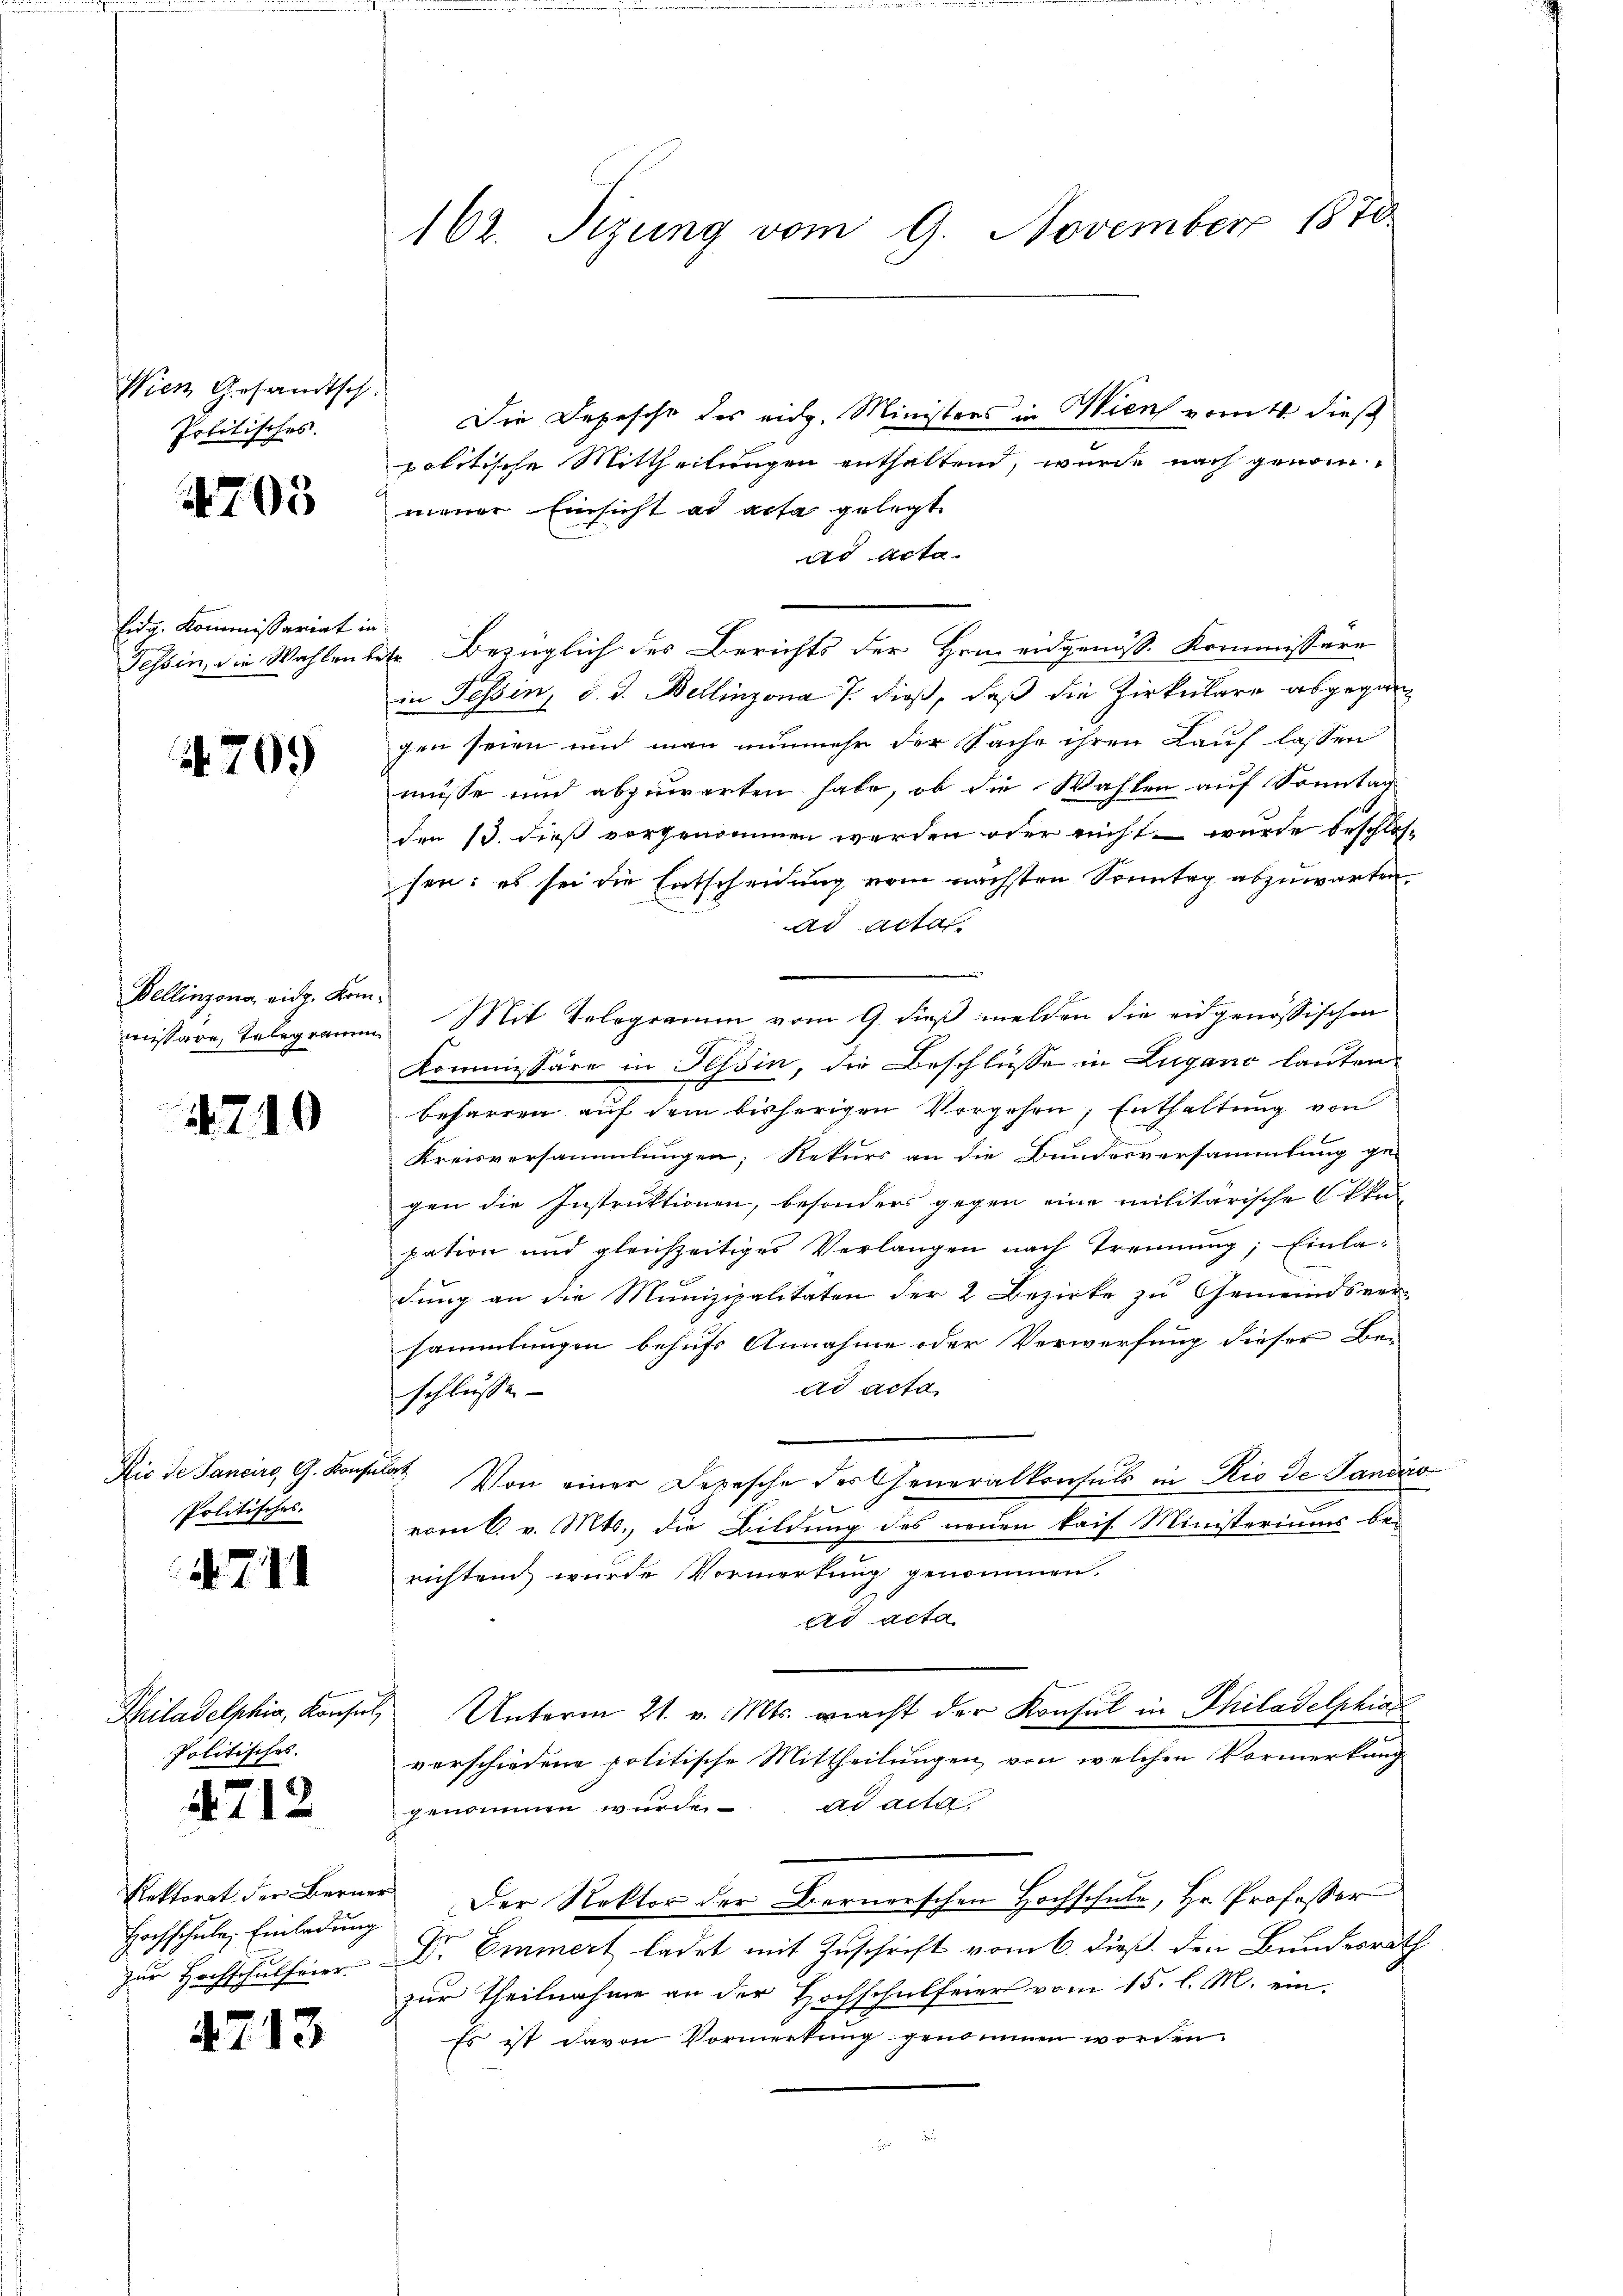
Wien Gesandtsch
Politisches.

705

Eidg. Kommissariat in

4709

Bellinzona, eidg. Kom¬

740

Politisches.

77

Politisches.

4712

Hochschule. Einladung

4713

162. Sizung vom 9. November 1870

Die Depesche des eidg. Ministers in Wien vom 4. dieß
politische Mittheilungen enthaltend, wurde nach genom-
mener Einsicht ad acta gelegt
ad Acta.
Tessin, die Wahlenbetr. Bezüglich des Berichts der Hrm eidgenöss. Kommissare
in Tessin, d. d. Bellinzona 7. dieß, daß die Zirkulare abgegangen seien und man nunmehr der Sache ihren Lauf lassen
müsse und abzuwarten habe, ob die Wahlen auf Sonntag
den 13. dieß vorgenommen werden oder nicht – wurde beschlossen: es sei die Entscheidung vom nächsten Sonntag abzuwarten.
ad Acta
missare Telegramm. Mit Telegramm vom 9. dieß melden die eidgenössischen
Kommissäre in Tessin, die Beschlüsse in Lugano lauten.
beharren auf dem bisherigen Vorgehen; Enthaltung von
Kreisversammlungen, Rekurs an die Bundesversammlung ge-
gen die Instruktionen, besonders gegen eine militärische Otte
pation und gleichzeitiges Verlangen nach Trennung; Einladung an die Munizipalitäten der 2 Bezirke zu Gemeindsver-
sammlungen behufs Annahme oder Verwerfung dieser Be-
ad acta
schlusse
Ric de Janeiro, G. Konst Von einer Depesche der Generalkonsuls in Rio de Sandico
vom 6. v. Mts., die Bildung des neuen kais. Ministeriums bei
richten wurde Vormerkung genommen.
ad acta
Philadelphia, Konsul Unterm 21. v. Mts. macht der Konsul in Philadelphia
verschiedene politische Mittheilungen, von welchen Vormerkung
genommen wurde. ad acta,
Rektorat der Berner Der Rektor der Bernerschen Hochschule, Hr. Professor
zur Hochschulfeier- Dr Emmert ladet mit Zuschrift vom 6. dieß, den Bundesrath
zur Theilnahme an der Hochschulfeier vom 15. l. M. ein-
Es ist davon Vormerkung genommen worden.